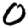
Digit: 0